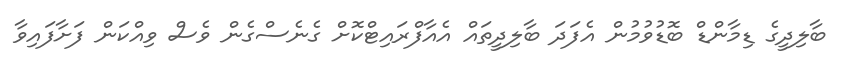
ބާލިދީގެ ޑިމާންޑް ބޮޑުވުމުން އެފަދަ ބާލިދީތައް އެއާފްރައިޓްކޮށް ގެނެސްގެން ވެސް ވިއްކަން ފަށާފައިވާ